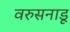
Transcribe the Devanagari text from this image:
वरुसनाडू